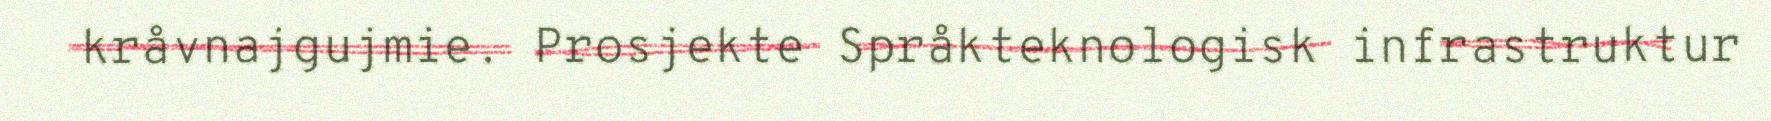
kråvnajgujmie. Prosjekte Språkteknologisk infrastruktur